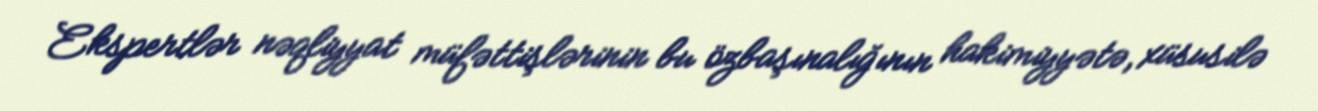
Ekspertlər nəqliyyat müfəttişlərinin bu özbaşınalığının hakimiyyətə, xüsusilə